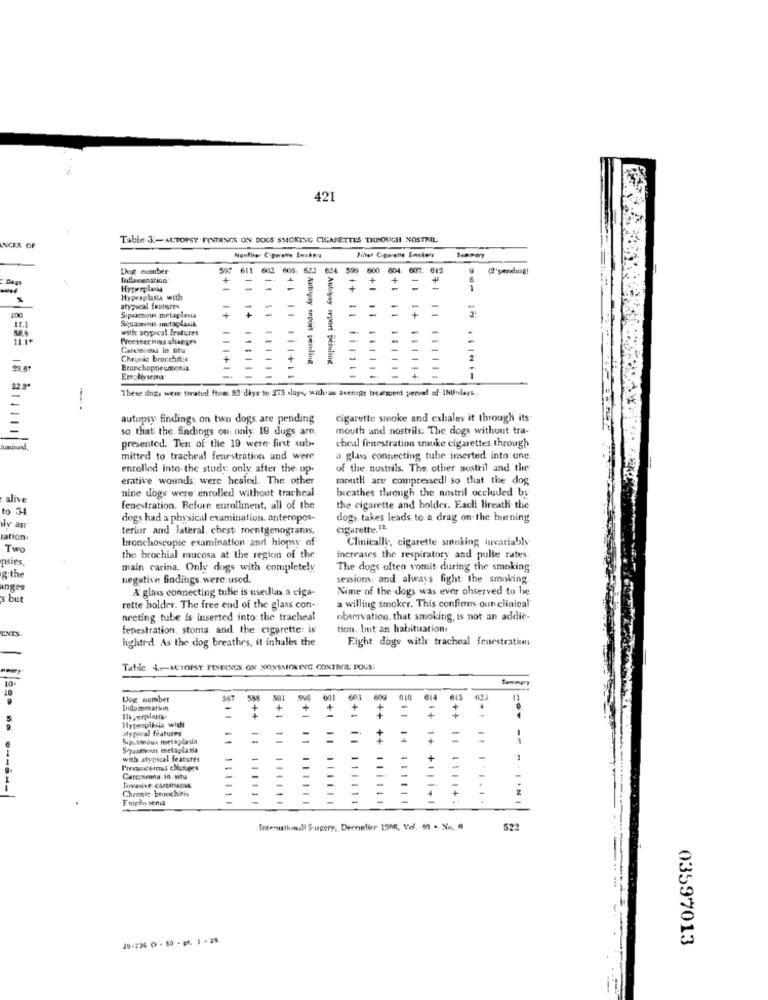
421
Table 3 .- AUTOPSY FINTANCE ON DOUS SMOKING CIGARETTES THROUGH NOSTRIL
NCIS OF
Nonfler Ciporalte Suckers
Semmer
Dog number
597 611 602 605. 622 624 599 600 604
607. 612
(2'pending!
= = =
-
Hyperplania
+
+
+
= +
Hyperplasia with
atypical features
=
=
=
100
11.1
Sıpasmous metaplasia
+
1+
with atypical features
Picesecrnins changes
-
-
Gardienma in situ
Chronic bronchitis
Autugry epoit pending
Autoyay report peiling
....
Bronchopneumonia
+
111+1
1+ 111114
Emphysema
"These dogs were thratud from 83'diye to 275 days, with as avenige treatment penal of 180 days.
autopsy findings on two dogs are pending
cigarette smoke and exhales it through its
so that the. findings ou only 19 dugs are.
mouth and nostrils :. The dogs without tra-
cheal fenestration smuke cigarettes, through
Aaniund
presented. Ten of the 19 were first sub-
mitted to tracheal fenestration and were
a glass connecting tube inserted into one
enrolled into-the study only after the op
of the nostrils. The other nostril and the
erative wounds: were healed. The other
mouth are compressed! so that the dog
nine dogs were enrolled without tracheal
breathes through the nostril occluded by
alive
234
fenestration. Before enrollment, all of the
the cigarette and holder. Each! bireath the
dogs had a physical examination. anteropos-
dog> takes leads to a drag on the burning
alv an
terior and lateral, chest rentgenogrants,
cigarette.12.
zation.
bronchoscopie examination and hiopsy of
Clinically, cigarette smoking invariably
Two
psies,
the brochial mucosa at the region of the
Increases the respiratory and pulse rates.
main carina. Only dogs with completely
The dogs often vomit during the smoking
g:the
negative findings were used.
sessions, and always fight the smoking.
anges
A glass connecting tulle is usedlas a ciga-
Nime of the dogs was ever ohserved to be.
's but
rette holder. The free end of the glass con-
a willing smoker. This confirms oun clinical'
neeting tube is inserted into the tracheal
observation. that smoking, is not an addie-
ENIS.
fenestration. stoma and the cigarette: is
tion. but an habituation
lightrd As the dog breathes, it inhales the
Fight dogs with tracheal fenestratimms
Table 4 .-- ACTOPSY FINDINGS. ON NONSMOKING CONTROL POUS:
10
Dog number
Information
+
+
++
=
3++
2++
Mypical features
Hyperplasia wii
Sipramous metaplasia
Squarvous metaplasia
with atypical featsites
Cercomenna, in- situ
Chronis broochitis
Fmphy sena
Totematbomull Surgery, December 1916, Vol. 46 . Na. 6
522
29-236 0 - 60 - et, 1 - 28
03597013